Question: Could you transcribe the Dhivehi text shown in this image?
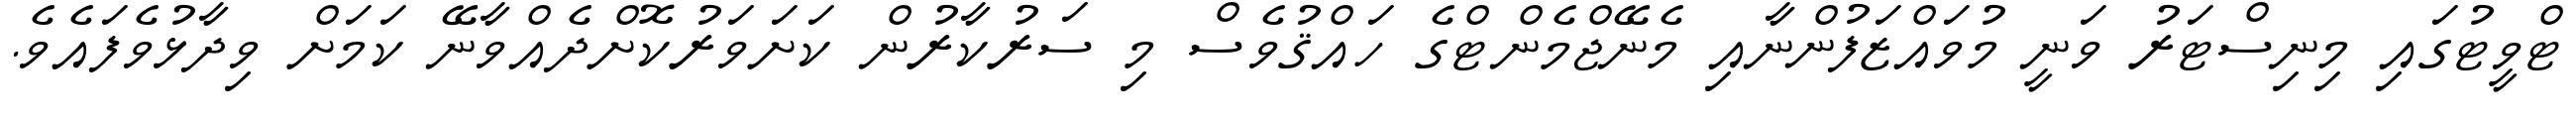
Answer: ޓްވީޓުގައި މިނިސްޓަރު ވަނީ މުވައްޒަފުންނާއި މެނޭޖްމެންޓްގެ ހައްޤުވެސް މި ސަރުކާރުން ކަށަވަރުކޮށްދެއްވާނޭ ކަމަށް ވިދާޅުވެފައެވެ.